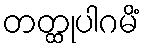
တတ္ထုပါဂမိံ